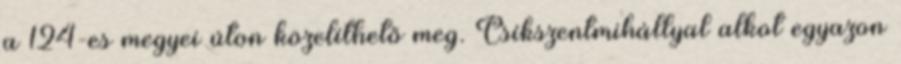
a 124-es megyei úton közelíthető meg. Csíkszentmihállyal alkot egyazon